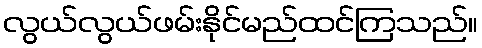
လွယ်လွယ်ဖမ်းနိုင်မည်ထင်ကြသည်။